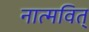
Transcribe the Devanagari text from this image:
नात्मवित्‌